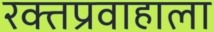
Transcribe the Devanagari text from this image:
रक्तप्रवाहाला